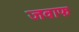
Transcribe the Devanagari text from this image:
जवाफ